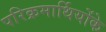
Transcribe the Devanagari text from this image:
परिक्रमार्थियोंके